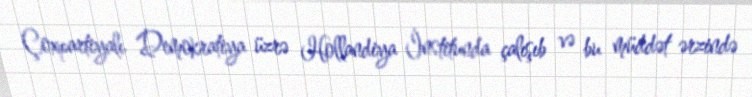
Çoxpartiyalı Demokratiya üzrə Hollandiya İnstitunda çalışıb və bu müddət ərzində